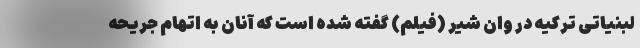
لبنیاتی ترکیه در وان شیر (فیلم) گفته شده است که آنان به اتهام جریحه